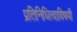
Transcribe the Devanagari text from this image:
प्रतिनिधित्वाविषयी